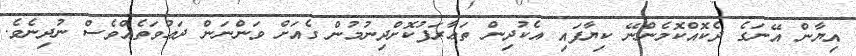
އިޔާން އޭނަގެ ދެކޮއްކޮމެންނޭ ކިޔާފައި އެކުދިން ތަޢާރަފުކޮށްދިނުމުން ގެއަށް ވަންނަން ދަޢުވަތެއްވެސް ނުދިނެވެ.